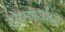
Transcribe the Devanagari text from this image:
रोपणयोग्य